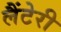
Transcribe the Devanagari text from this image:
लैंटेरी